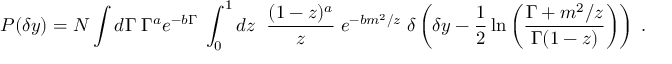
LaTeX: P ( \delta y ) = N \int d \Gamma \; \Gamma ^ { a } e ^ { - b \Gamma } \; \int _ { 0 } ^ { 1 } d z \; \; \frac { ( 1 - z ) ^ { a } } { z } \; e ^ { - b m ^ { 2 } / z } \; \delta \left( \delta y - \frac { 1 } { 2 } \ln \left( \frac { \Gamma + m ^ { 2 } / z } { \Gamma ( 1 - z ) } \right) \right) \; .